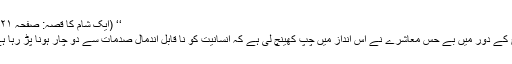
‘‘ (ایک شام کا قصہ: صفحہ ۱۲۱)
آج کے دور میں بے حس معاشرے نے اس انداز میں چپ کھینچ لی ہے کہ انسانیت کو نا قابل اندمال صدمات سے دو چار ہونا پڑ رہا ہے۔